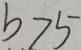
b > 5